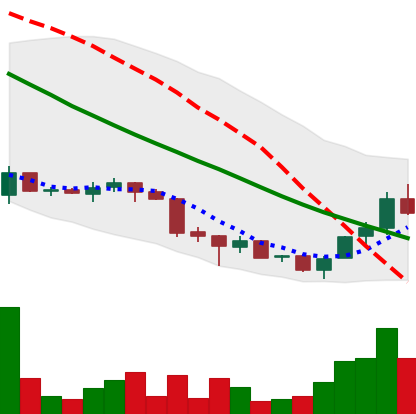
Ticker: ADA-USD
Chart end date: 2018-07-03
Forward return: -3.495%
Label: down_3_5